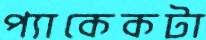
প্যাকেকটা